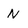
Character: N